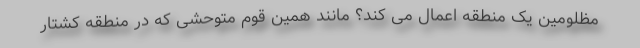
مظلومین یک منطقه اعمال می کند؟ مانند همین قوم متوحشی که در منطقه کشتار